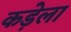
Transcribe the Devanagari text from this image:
कड़ेला